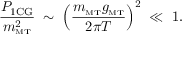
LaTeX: \frac { P _ { \mathrm { 1 C G } } } { m _ { \mathrm { \scriptscriptstyle { M T } } } ^ { 2 } } \; \sim \; \left( \frac { m _ { \mathrm { \scriptscriptstyle { M T } } } g _ { \mathrm { \scriptscriptstyle { M T } } } } { 2 \pi T } \right) ^ { 2 } \; \ll \; 1 .